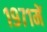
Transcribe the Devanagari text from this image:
१९७१में